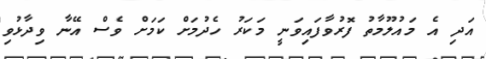
އަދި އެ މައުލޫމާތު ފޮރުވާފައިވަނީ މަކަރު ހެދުމަށް ކަމަށް ވެސް އޭނާ ވިދާޅުވި